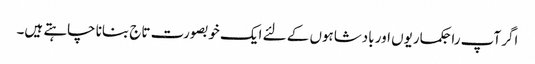
اگر آپ راجکماریوں اور بادشاہوں کے لئے ایک خوبصورت تاج بنانا چاہتے ہیں۔